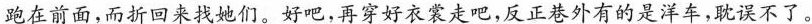
跑在前面，而折回来找她们。好吧，再穿好衣裳走吧，反正巷外有的是洋车，耽误不了。